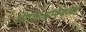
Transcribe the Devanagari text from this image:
शेतकऱ्यांऐवजी